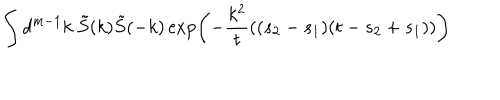
\int d ^ { m - 1 } k \ \tilde { S } ( k ) \tilde { S } ( - k ) \exp \left( - \frac { k ^ { 2 } } { t } ( ( s _ { 2 } - s _ { 1 } ) ( t - s _ { 2 } + s _ { 1 } ) ) \right)